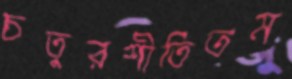
চতুরশীতিতম